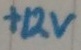
Text: +12v